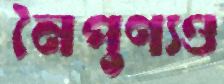
নৈপুণ্যও